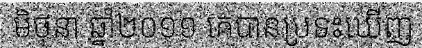
មិថុនា ឆ្នាំ២០១១ គេបានប្រទះឃើញ